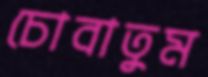
চোবাতুম